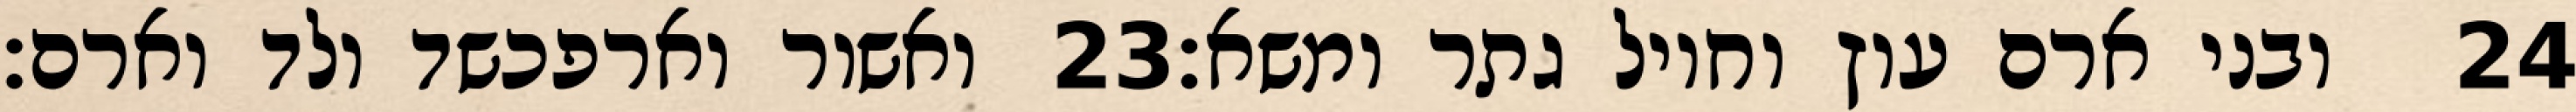
ואשור וארפכשד ולד וארם׃ ‎23‏ ובני ארם עוץ וחויל גתר ומשא׃ ‎24‏